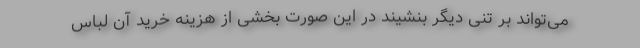
می‌تواند بر تنی دیگر بنشیند در این صورت بخشی از هزینه خرید آن لباس